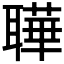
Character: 𬚦